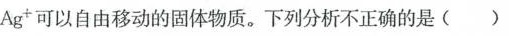
Ag+可以自由移动的固体物质。下列分析不正确的是（）